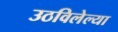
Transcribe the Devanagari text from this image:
उठविलेल्या